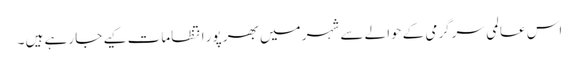
اس عالمی سرگرمی کے حوالے سے شہر میں بھر پور انتظامات کیے جا رہے ہیں ۔